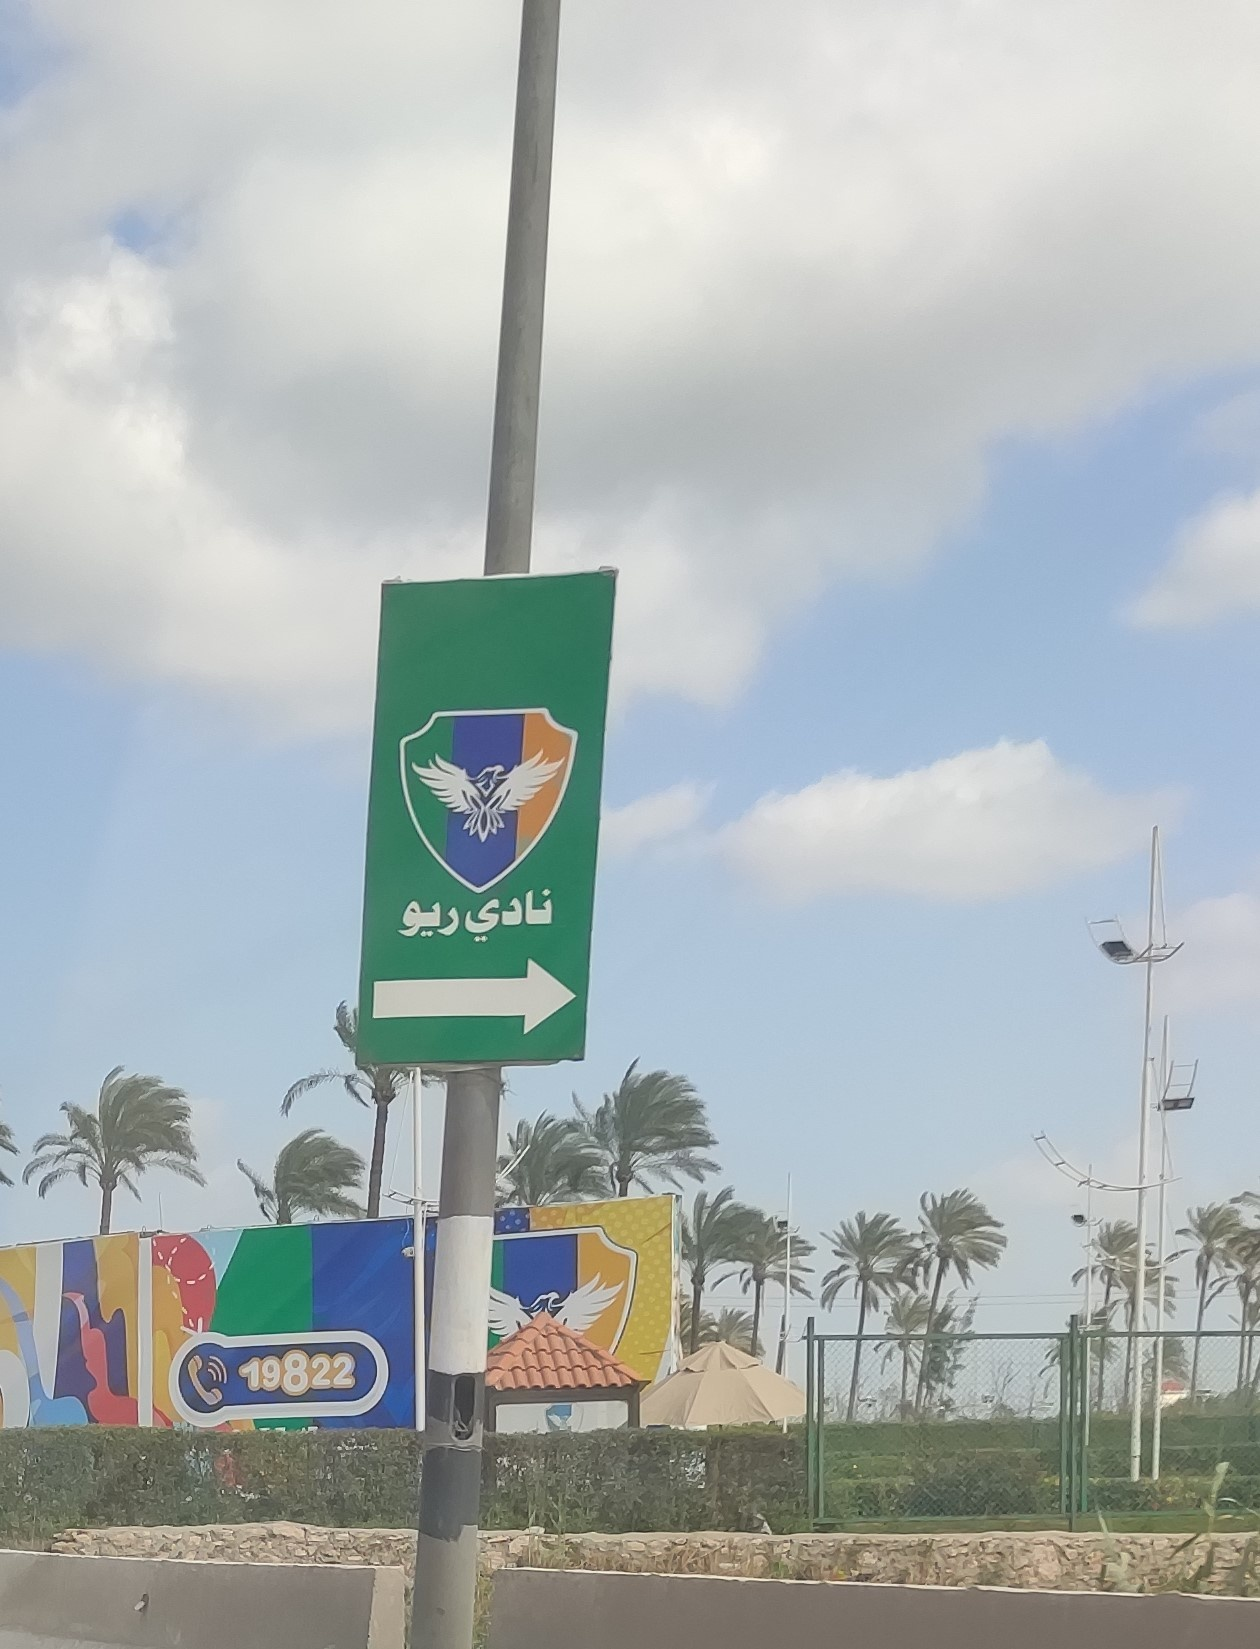
Text in image: نادي ريو 19822